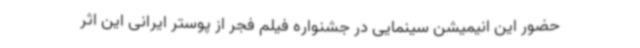
حضور این انیمیشن سینمایی در جشنواره فیلم فجر از پوستر ایرانی این اثر